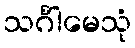
သင်္ဂါမေသုံ